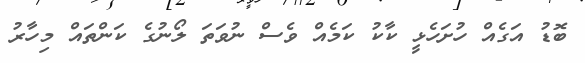
ބޮޑު އަގެއް ހުށަހެޅީ ކާކު ކަމެއް ވެސް ނުވަތަ ލޯނުގެ ކަންތައް މިހާރު